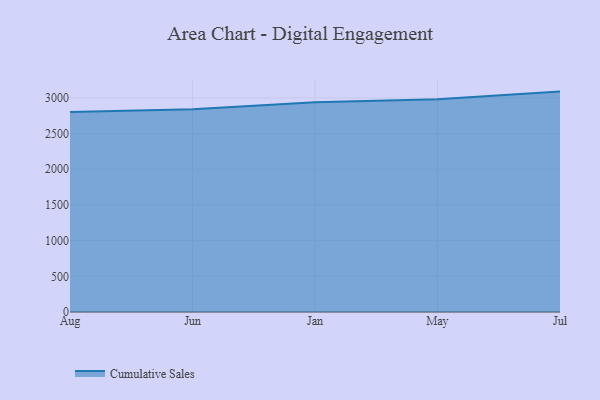
{"axis": {"x": "Month", "y": "Tickets Resolved"}, "legend": ["Cumulative Sales"], "data": [{"x": "Aug", "y": 2803.3, "type": "Cumulative Sales"}, {"x": "Jun", "y": 2841.9, "type": "Cumulative Sales"}, {"x": "Jan", "y": 2939.4, "type": "Cumulative Sales"}, {"x": "May", "y": 2979.6, "type": "Cumulative Sales"}, {"x": "Jul", "y": 3087.8, "type": "Cumulative Sales"}]}